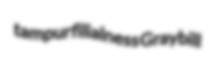
tampur filialness Graybill